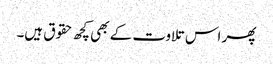
پھر اس تلاوت کے بھی کچھ حقوق ہیں۔